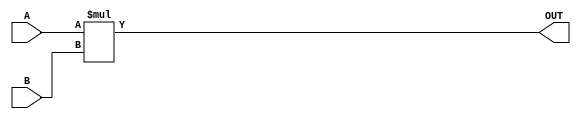
module Param_Multiplier #(
    parameter WIDTH_A = 8,        // Width of input A
    parameter WIDTH_B = 8,        // Width of input B
    parameter WIDTH_OUT = (WIDTH_A + WIDTH_B) // Width of output
)(
    input  wire signed [WIDTH_A-1:0] A, // Input A
    input  wire signed [WIDTH_B-1:0] B, // Input B
    output reg  signed [WIDTH_OUT-1:0] OUT // Output
);

// Behavioral logic for multiplication
always @(*) begin
    OUT = A * B; // Perform multiplication
end

endmodule